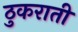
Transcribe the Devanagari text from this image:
ठुकराती